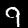
Digit: 9